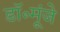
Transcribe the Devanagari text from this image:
डॉ॰मूंजे